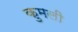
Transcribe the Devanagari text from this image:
कुमली